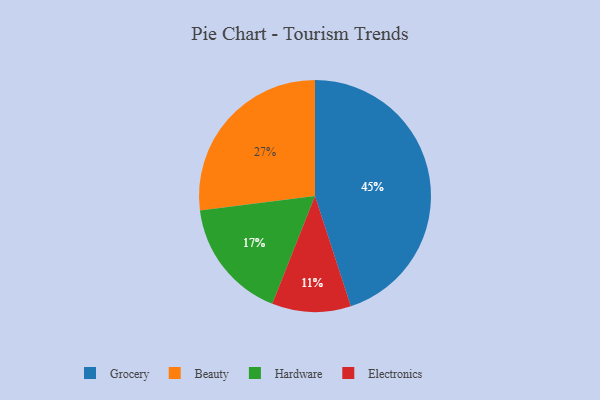
{"axis": {"x": "Category", "y": "Percentage"}, "legend": ["Beauty", "Electronics", "Grocery", "Hardware"], "data": [{"x": "Beauty", "y": 27, "type": "Beauty"}, {"x": "Hardware", "y": 17, "type": "Hardware"}, {"x": "Grocery", "y": 45, "type": "Grocery"}, {"x": "Electronics", "y": 11, "type": "Electronics"}]}